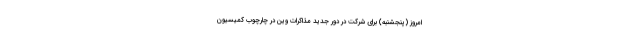
امروز (پنجشنبه) برای شرکت در دور جدید مذاکرات وین در چارچوب کمیسیون